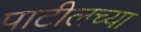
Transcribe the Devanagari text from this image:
पाटीलच्या